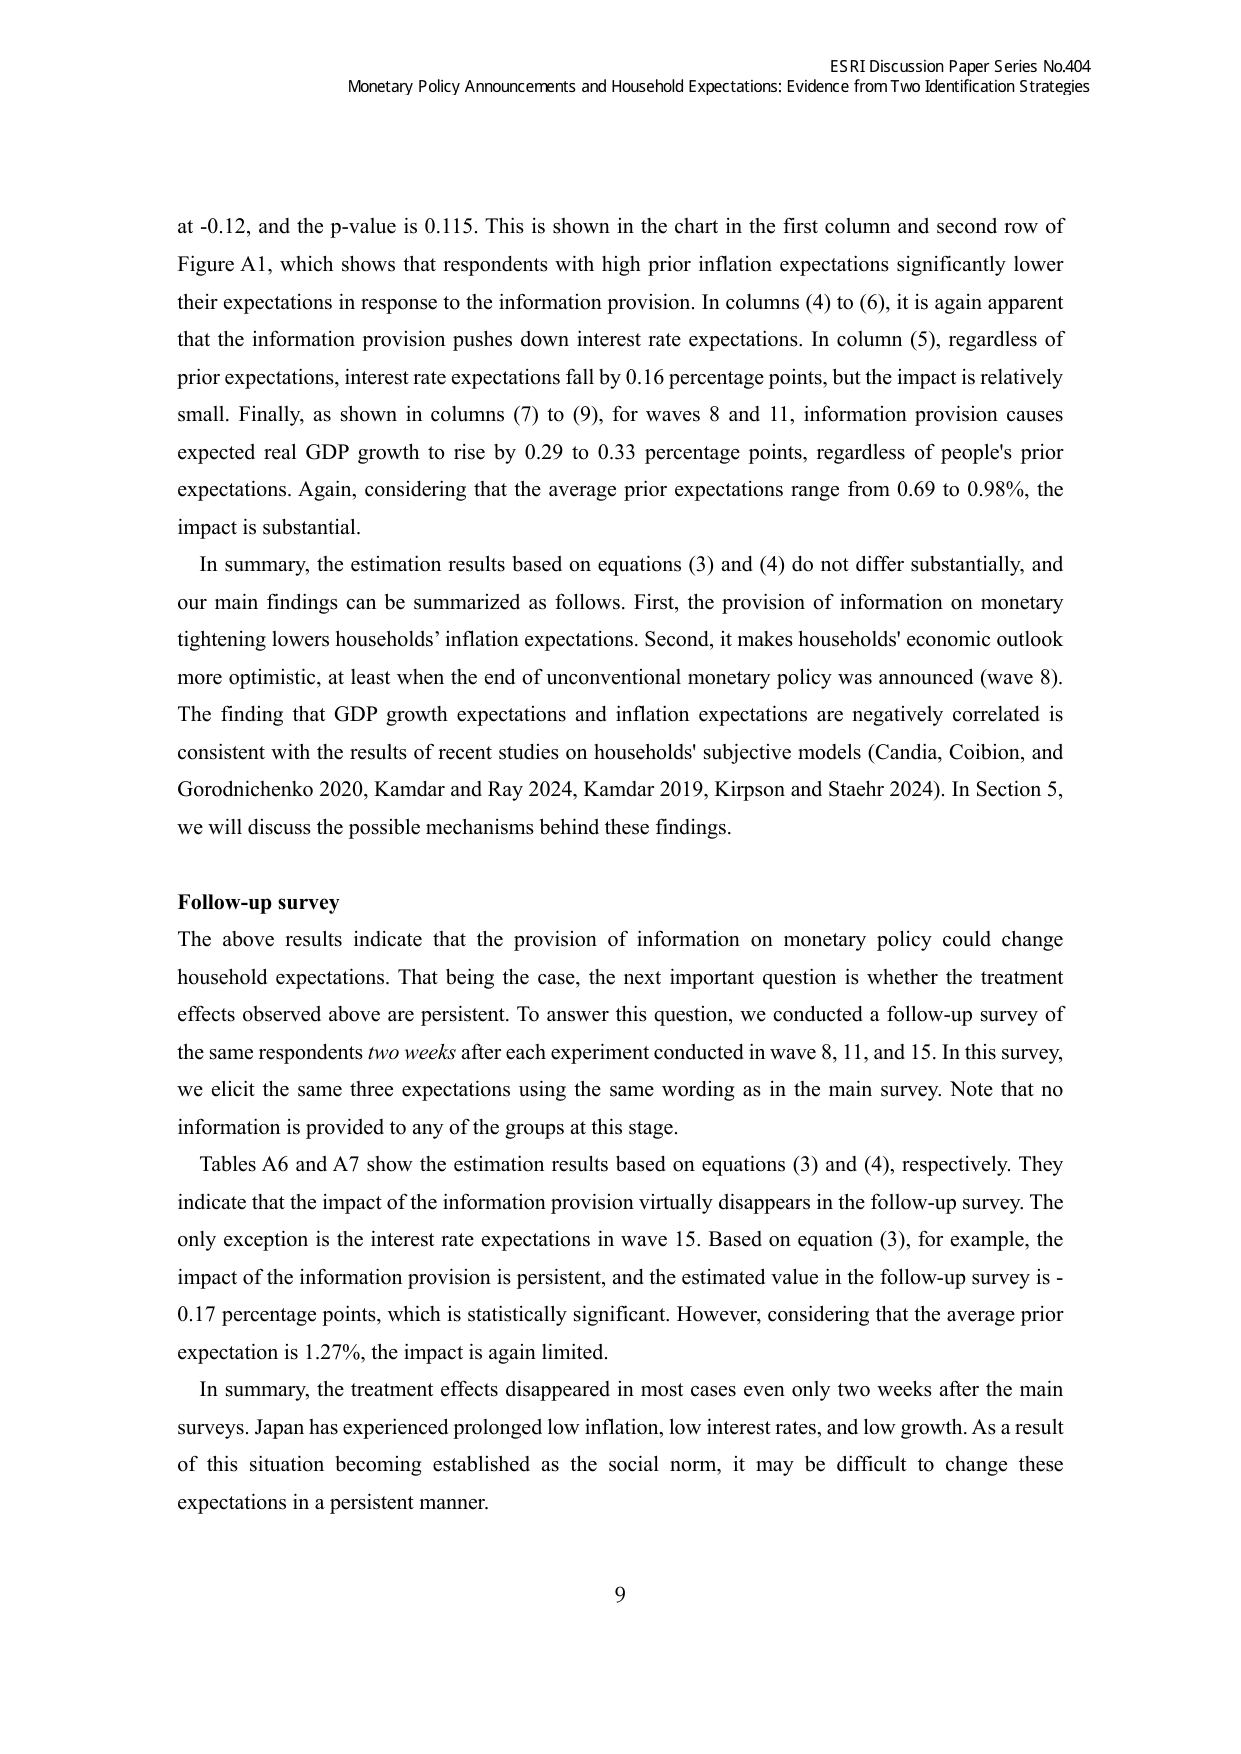
ESRI Discussion Paper Series No.404
Monetary Policy Announcements and Household Expectations: Evidence from Two Identification Strategies

at -0.12, and the p-value is 0.115. This is shown in the chart in the first column and second row of Figure A1, which shows that respondents with high prior inflation expectations significantly lower their expectations in response to the information provision. In columns (4) to (6), it is again apparent that the information provision pushes down interest rate expectations. In column (5), regardless of prior expectations, interest rate expectations fall by 0.16 percentage points, but the impact is relatively small. Finally, as shown in columns (7) to (9), for waves 8 and 11, information provision causes expected real GDP growth to rise by 0.29 to 0.33 percentage points, regardless of people's prior expectations. Again, considering that the average prior expectations range from 0.69 to 0.98%, the impact is substantial.

In summary, the estimation results based on equations (3) and (4) do not differ substantially, and our main findings can be summarized as follows. First, the provision of information on monetary tightening lowers households’ inflation expectations. Second, it makes households' economic outlook more optimistic, at least when the end of unconventional monetary policy was announced (wave 8). The finding that GDP growth expectations and inflation expectations are negatively correlated is consistent with the results of recent studies on households' subjective models (Candia, Coibion, and Gorodnichenko 2020, Kamdar and Ray 2024, Kamdar 2019, Kirpson and Staehr 2024). In Section 5, we will discuss the possible mechanisms behind these findings.

Follow-up survey
The above results indicate that the provision of information on monetary policy could change household expectations. That being the case, the next important question is whether the treatment effects observed above are persistent. To answer this question, we conducted a follow-up survey of the same respondents two weeks after each experiment conducted in wave 8, 11, and 15. In this survey, we elicit the same three expectations using the same wording as in the main survey. Note that no information is provided to any of the groups at this stage.

Tables A6 and A7 show the estimation results based on equations (3) and (4), respectively. They indicate that the impact of the information provision virtually disappears in the follow-up survey. The only exception is the interest rate expectations in wave 15. Based on equation (3), for example, the impact of the information provision is persistent, and the estimated value in the follow-up survey is -0.17 percentage points, which is statistically significant. However, considering that the average prior expectation is 1.27%, the impact is again limited.

In summary, the treatment effects disappeared in most cases even only two weeks after the main surveys. Japan has experienced prolonged low inflation, low interest rates, and low growth. As a result of this situation becoming established as the social norm, it may be difficult to change these expectations in a persistent manner.

9